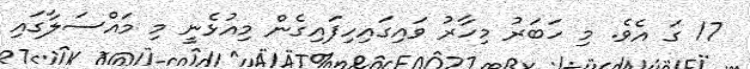
17 ގަ އެވެ. މި ހަބަރު މިހާރު ވައިގައިހިފައިގެން މިއުޅެނީ މި މައްސަލާގައި